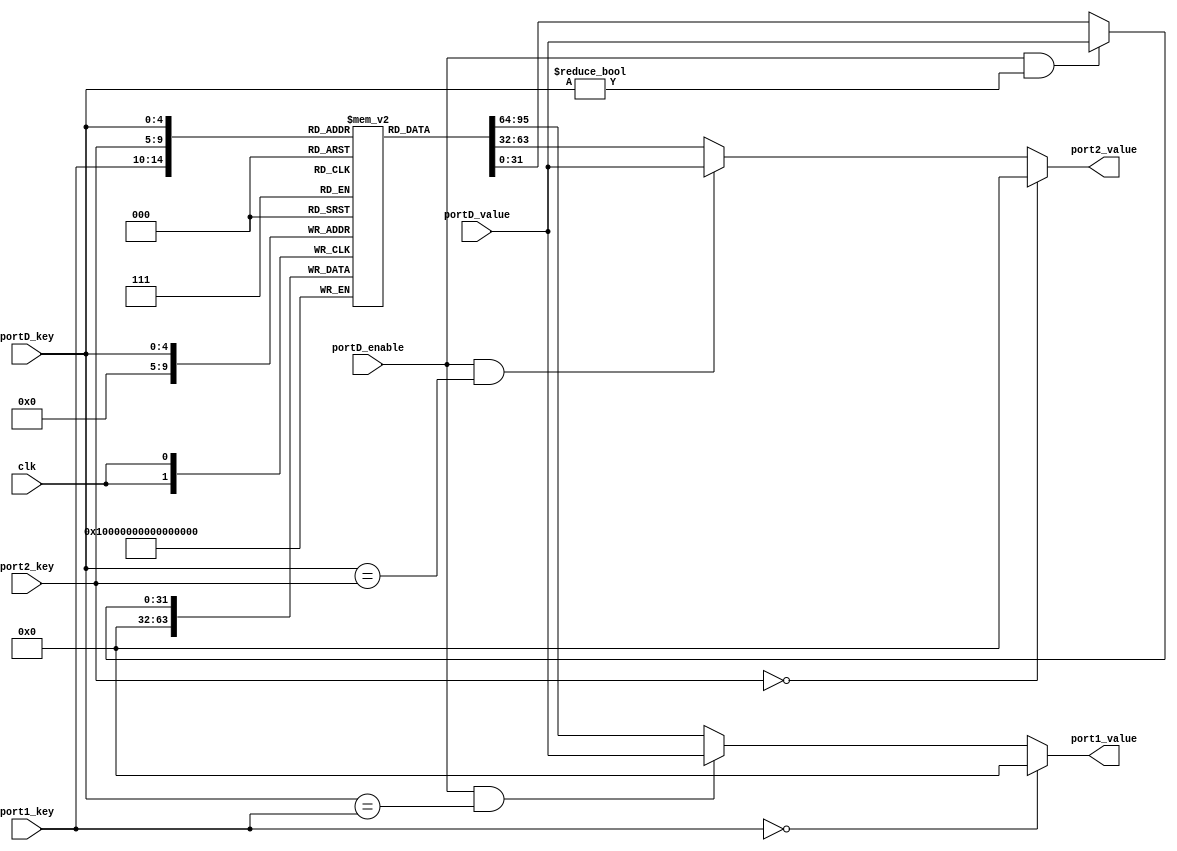
module REGISTER_FILE(
		     input clk,
		     input [4:0] port1_key,
		     input [4:0] port2_key,

		     input portD_enable,
		     input [4:0] portD_key,
		     input [31:0] portD_value,

		     output [31:0] port1_value,
		     output [31:0] port2_value);

	genvar i;

	generate for(i = 0; i < 32; i = i + 1)
	  initial $dumpvars(0, registers[i]);
	endgenerate

	// When reading x0 a constant is returned. At position 0
	// the content of a special register is stored
	reg [31:0] registers [31:0];

	wire [31:0] next_portD_value, port1_value_wire;

	function [31:0] port_value(input portD_enable,
				   input [4:0] portD_key,
				   input [31:0] portD_value,
				   input [31:0] value_in_register_file,
				   input [4:0] port_key);
		port_value = port_key == 5'b0 ? 32'b0 : // If requested x0
			     portD_enable && portD_key == port_key ? portD_value : // If requested a value that is being written
			     value_in_register_file; // Any other case is a "normal" access
	endfunction // port_value


	assign port1_value = port_value(portD_enable, portD_key, portD_value, registers[port1_key], port1_key);
	assign port2_value = port_value(portD_enable, portD_key, portD_value, registers[port2_key], port2_key);

	assign next_portD_value = portD_enable && portD_key != 5'b0 ? portD_value :
				  registers[portD_key];

	always @(posedge clk) begin
		registers[portD_key] <= next_portD_value;
		registers[0] <= 32'b0;
	end // always @ (posedge clk, posedge reset)

endmodule